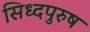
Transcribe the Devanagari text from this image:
सिध्दपुरुष